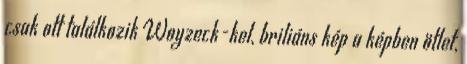
csak ott találkozik Woyzeck-kel, briliáns kép a képben ötlet,